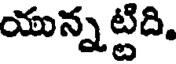
యున్నట్టిది,